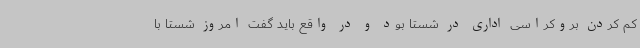
کم کردن بروکراسی اداری در شستا بود و در واقع باید گفت امروز شستا با